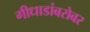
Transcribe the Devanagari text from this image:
गीधाडांबरोबर